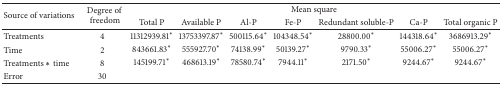
| <ROWSPAN=2> Source of variations | <ROWSPAN=2> Degree of freedom | <COLSPAN=7> Mean square |
 | Total P | Available P | Al-P | Fe-P | Redundant soluble-P | Ca-P | Total organic P |
 | --- | --- | --- | --- | --- | --- | --- | --- | --- |
 | Treatments | 4 | 11312939.81∗ | 13753397.87∗ | 500115.64∗ | 104348.54∗ | 28800.00∗ | 144318.64∗ | 3686913.29∗ |
 | Time | 2 | 843661.83∗ | 555927.70∗ | 74138.99∗ | 50139.27∗ | 9790.33∗ | 55006.27∗ | 55006.27∗ |
 | Treatments ∗ time | 8 | 145199.71∗ | 468613.19∗ | 78580.74∗ | 7944.11∗ | 2171.50∗ | 9244.67∗ | 9244.67∗ |
 | Error | 30 |  |  |  |  |  |  |  |